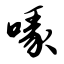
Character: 喙